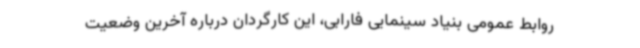
روابط عمومی بنیاد سینمایی فارابی، این کارگردان درباره آخرین وضعیت